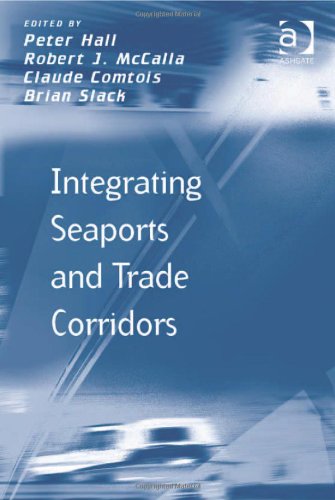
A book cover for Integrating Seaports and Trade Corridors (Transport and Mobility); Peter Hall; Law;